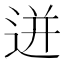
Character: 迸